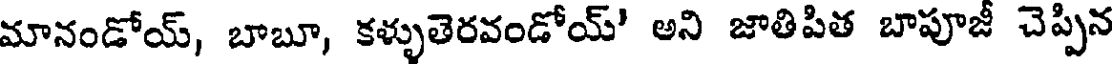
మానండోయ్, బాబూ, కళ్ళుతెరవండోయ్' అని జాతిపిత బాపూజీ చెప్పిన